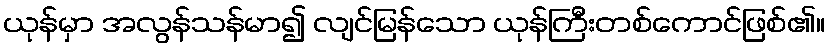
ယုန်မှာ အလွန်သန်မာ၍ လျင်မြန်သော ယုန်ကြီးတစ်ကောင်ဖြစ်၏။